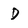
Character: D